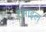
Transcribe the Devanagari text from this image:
रसाइल